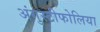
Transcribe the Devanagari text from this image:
अंगुस्टीफोलिया